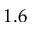
1 . 6